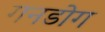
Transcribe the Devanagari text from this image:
गनडोग